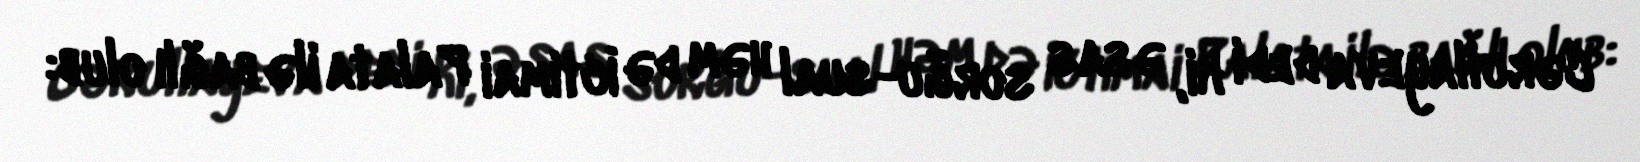
Cərullayeva dedi ki, əsas sorğu-sual həm də İctimai Palata ilə bağlı olub: